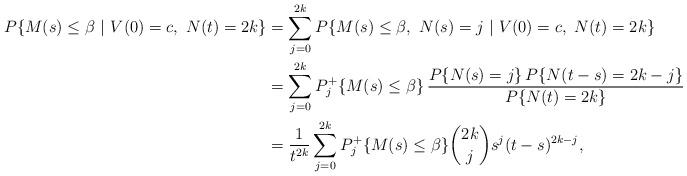
LaTeX: \begin{align*}P\{ M(s) \le\beta\ |\ V(0) = c,\ N(t) = 2k\}& = \sum_{j=0}^{2k} P\{ M(s) \le\beta,\ N(s) = j\ |\ V(0)=c,\ N(t) = 2k\}\\& =\sum_{j=0}^{2k} P_j^+\{M(s) \le\beta \}\,\frac{P\{N(s) = j\}\,P\{N(t-s)=2k-j\}}{P\{N(t) = 2k\}} \\&=\frac{1}{t^{2k}}\sum_{j=0}^{2k} P_j^+\{M(s) \le\beta \}\binom{2k}{j}s^j(t-s)^{2k-j},\end{align*}